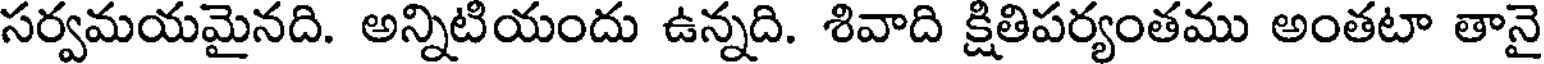
సర్వమయమైనది. అన్నిటియందు ఉన్నది. శివాది క్షితిపర్యంతము అంతటా తానై